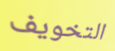
التخويف